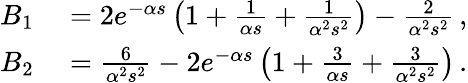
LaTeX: \begin{array}{rl}{B_{1}}&{{}=2e^{-\alpha s}\left(1+\frac{1}{\alpha s}+\frac{1}{\alpha^{2}s^{2}}\right)-\frac{2}{\alpha^{2}s^{2}}\, ,}\\ {B_{2}}&{{}=\frac{6}{\alpha^{2}s^{2}}-2e^{-\alpha s}\left(1+\frac{3}{\alpha s}+\frac{3}{\alpha^{2}s^{2}}\right)\, .}\end{array}